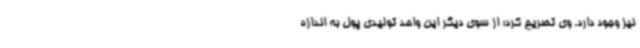
نیز وجود دارد. وی تصریح کرد: از سوی دیگر این واحد تولیدی پول به اندازه